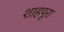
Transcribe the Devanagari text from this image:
शाहपूरा